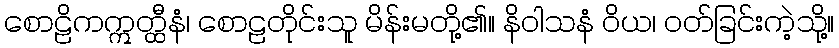
စောဠိကဣတ္ထီနံ၊ စောဠတိုင်းသူ မိန်းမတို့၏။ နိဝါသနံ ဝိယ၊ ဝတ်ခြင်းကဲ့သို့။